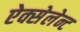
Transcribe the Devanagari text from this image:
ऐक्सेलेन्ट